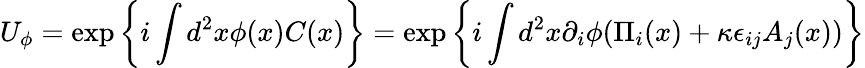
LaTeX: U_{\phi}=\exp\left\{ i\int d^{2}x\phi(x)C(x)\right\} =\exp\left\{ i\int d^{2}x\partial_{i}\phi(\Pi_{i}(x)+\kappa\epsilon_{ij}A_{j}(x))\right\}